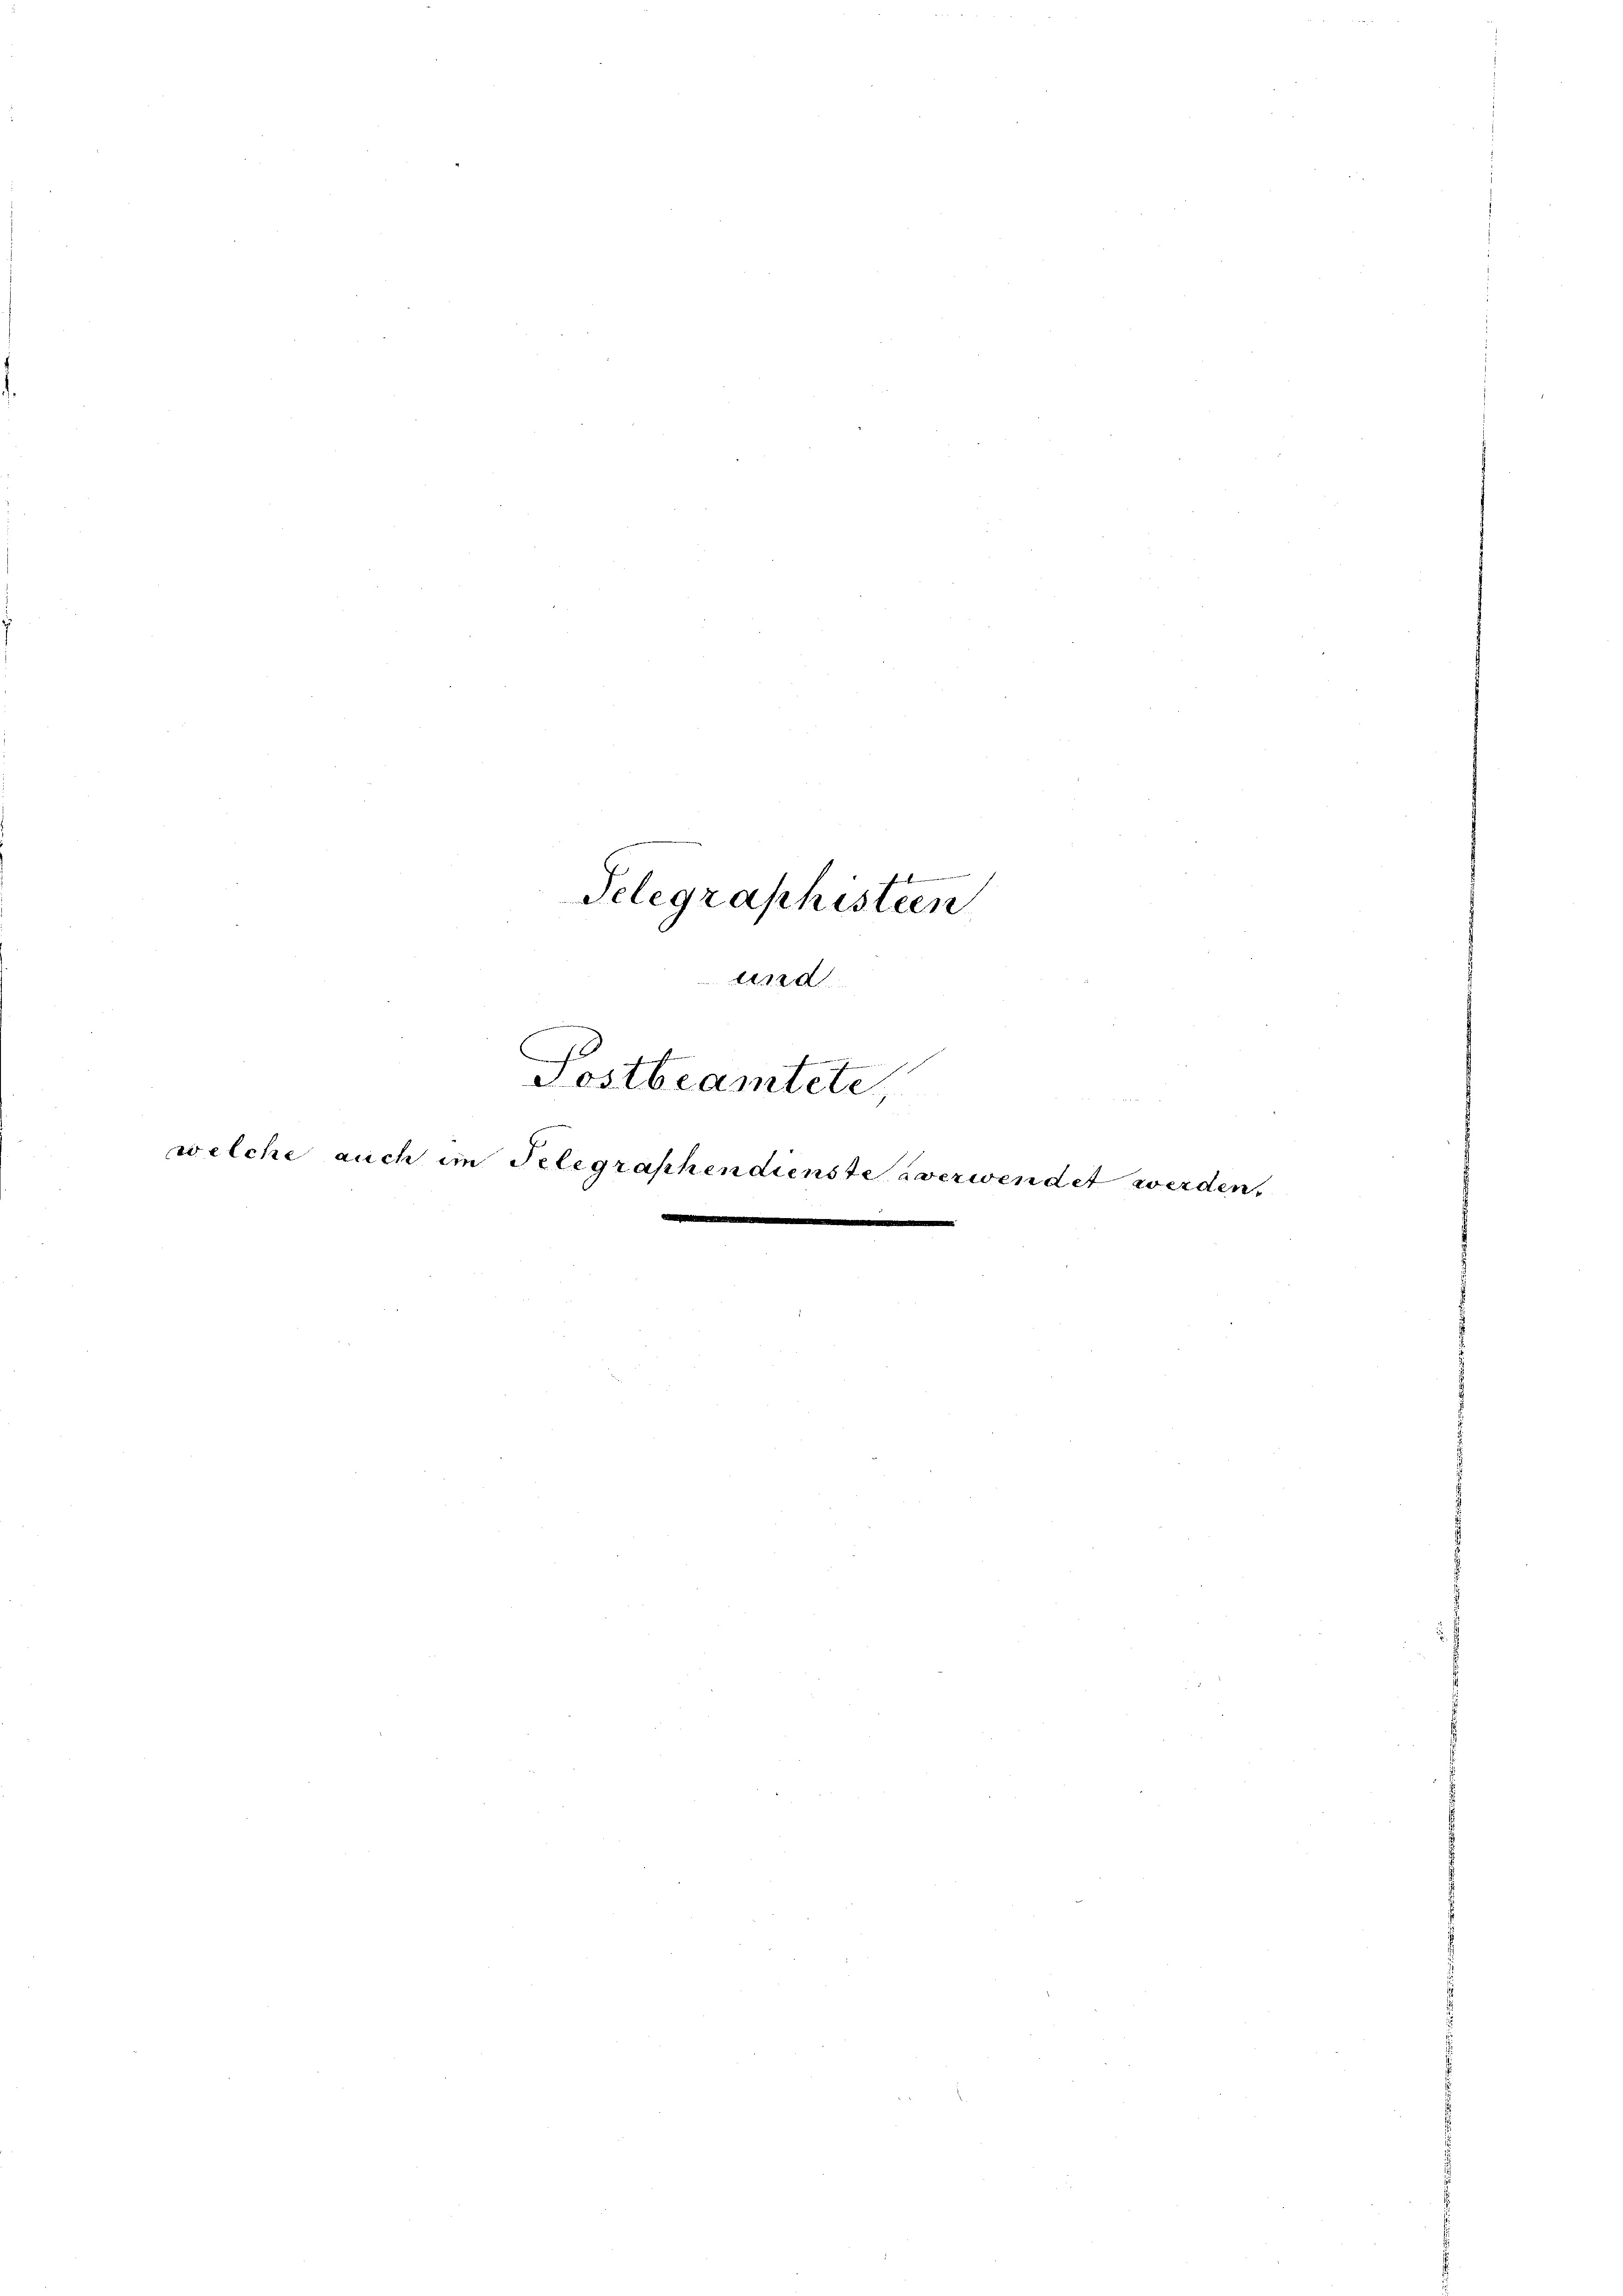
.
.
Telegraphisteen
und

Tostbeamtete
e
welche auch im Telegraphen dies
te
e
d

verwendet werden.